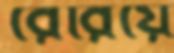
রেরিয়ে